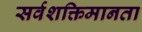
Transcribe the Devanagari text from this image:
सर्वशक्तिमानता